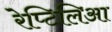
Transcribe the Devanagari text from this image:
रेप्टिलिआ